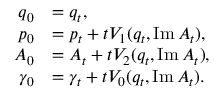
\begin{array} { r l } { q _ { 0 } } & { = q _ { t } , } \\ { p _ { 0 } } & { = p _ { t } + t V _ { 1 } ( q _ { t } , \operatorname { I m } A _ { t } ) , } \\ { A _ { 0 } } & { = A _ { t } + t V _ { 2 } ( q _ { t } , \operatorname { I m } A _ { t } ) , } \\ { \gamma _ { 0 } } & { = \gamma _ { t } + t V _ { 0 } ( q _ { t } , \operatorname { I m } A _ { t } ) . } \end{array}